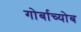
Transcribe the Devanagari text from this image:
गोर्बाच्योब